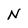
Character: N